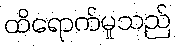
ထိရောက်မှုသည်